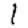
Digit: 1